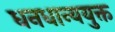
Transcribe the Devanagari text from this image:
धनधान्ययुक्त